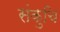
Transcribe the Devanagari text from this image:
संकुचि